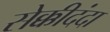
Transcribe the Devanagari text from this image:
सेक्कीदंदा